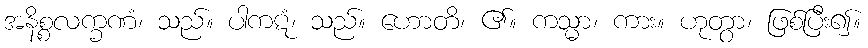
အနိစ္စလက္ခဏံ၊ သည်။ ပါကဋံ၊ သည်။ ဟောတိ၊ ၏။ ကသ္မာ၊ ကား။ ဟုတွာ၊ ဖြစ်ပြီး၍။